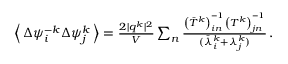
\begin{array} { r } { \left\langle \, \Delta \psi _ { i } ^ { - k } \Delta \psi _ { j } ^ { k } \, \right\rangle = \frac { 2 \vert \boldsymbol { q } ^ { k } \vert ^ { 2 } } { V } \sum _ { n } \frac { \left( \bar { T } ^ { k } \right) _ { i n } ^ { - 1 } \left( T ^ { k } \right) _ { j n } ^ { - 1 } } { ( \bar { \lambda } _ { i } ^ { k } + \lambda _ { j } ^ { k } ) } \, . } \end{array}